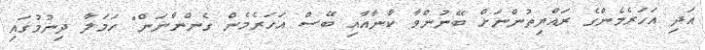
އަދި އަހަރެމެންގެ ރައްޔިތުންނަށް ބޭނުންވާ ކާނާއާއި ބޭސް އަހަރެމެން ގެންނާނަން" ހަމަލާ ދިނުމުގައި